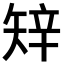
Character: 𥏔